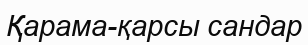
Қарама-қарсы сандар